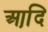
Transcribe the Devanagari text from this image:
आदि़